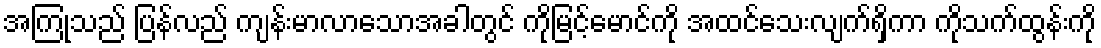
အကြုသည် ပြန်လည် ကျန်းမာလာသောအခါတွင် ကိုမြင့်မောင်ကို အထင်သေးလျက်ရှိကာ ကိုသက်ထွန်းကို